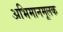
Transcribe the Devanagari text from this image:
अभिमानमूलक